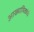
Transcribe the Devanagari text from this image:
आख्यायिकांचे